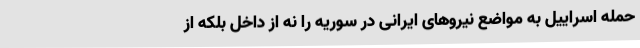
حمله اسراییل به مواضع نیروهای ایرانی در سوریه را نه از داخل بلکه از